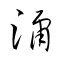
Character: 濔